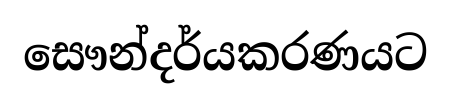
සෞන්දර්යකරණයට